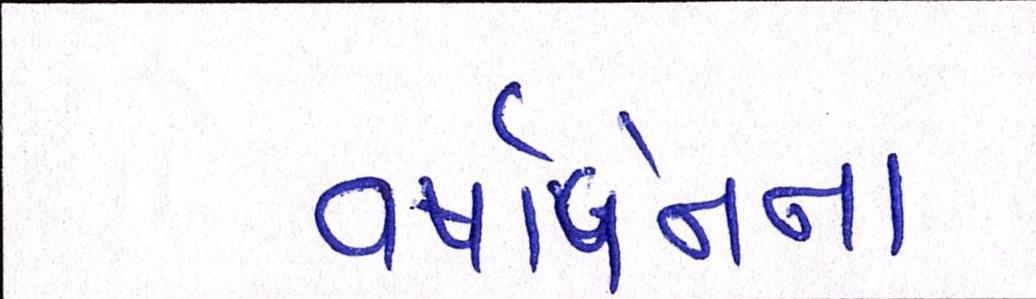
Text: વષાર્બેનના